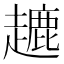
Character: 𧽥